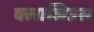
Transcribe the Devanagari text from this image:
क्लाजिउस